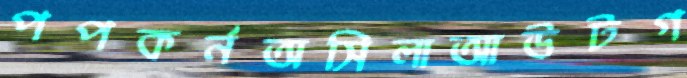
পপকর্নঅসিলাআউটগ